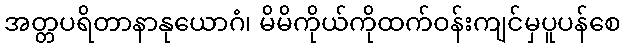
အတ္တပရိတာနာနုယောဂံ၊ မိမိကိုယ်ကိုထက်ဝန်းကျင်မှပူပန်စေ